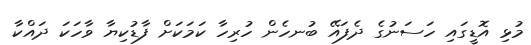
މުޅި އޮޑީގައި ހަސަނުގެ ދެފައޭ ބުނހެން ހުރިހާ ކަމަކަށް ފާޑުކިޔާ ވާހަކަ ދައްކާ